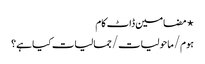
⋆ مضامین ڈاٹ کام
ہوم/ماحولیات/جمالیات کیا ہے؟